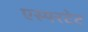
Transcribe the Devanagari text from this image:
एस्परटेट